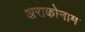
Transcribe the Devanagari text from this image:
अराकोनाम